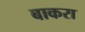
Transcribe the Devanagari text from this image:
बाकरा